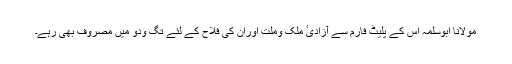
مولانا ابوسلمہ اس کے پلیٹ فارم سے آزادیٴ ملک وملت اوران کی فلاح کے لئے تگ ودو میں مصروف بھی رہے۔